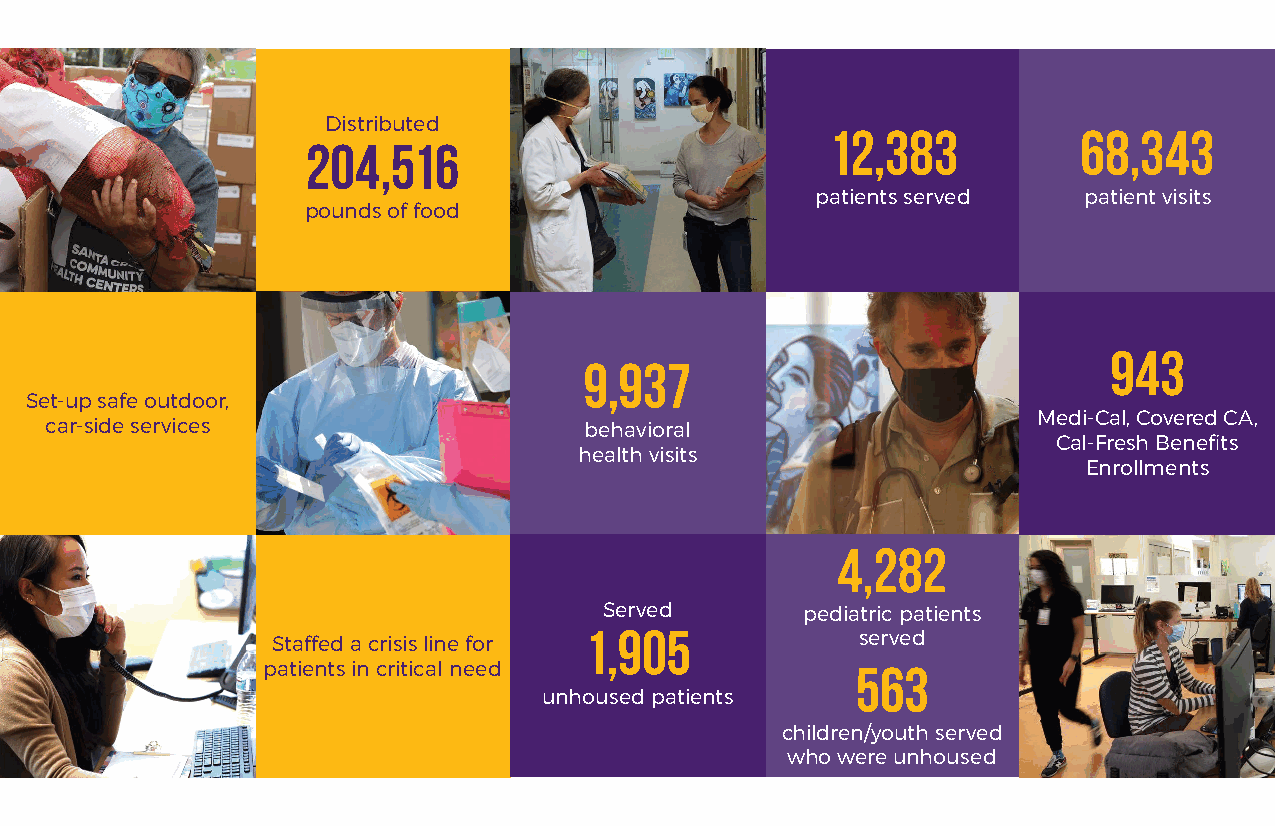
Distributed
 12,383           68,343
 204,516
 patients served   patient visits
 pounds of food
 943
 9,937
 Set-up safe outdoor,
 Medi-Cal, Covered CA,
 car-side services                   behavioral
 Cal-Fresh Benefits
 health visits
 Enrollments
 4,282
 Served       pediatric patients
 Staffed a crisis line for 1,905        served
 patients in critical need               563
 unhoused patients
 children/youth served
 who were unhoused